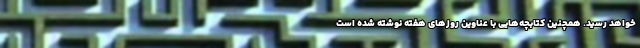
خواهد رسید. همچنین کتابچه‌هایی با عناوین روزهای هفته نوشته شده است